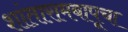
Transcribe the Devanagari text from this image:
शांतारामबापूचा